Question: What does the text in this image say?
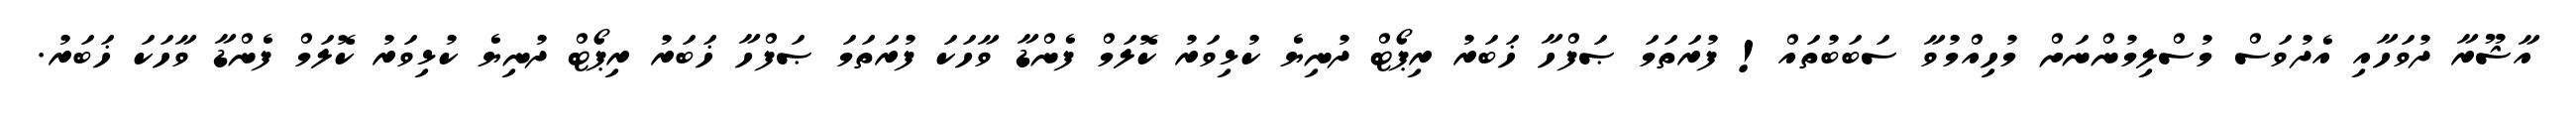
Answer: އާޝޫރާ ދުވަހާއި އެދުވަސް މުސްލިމުންނަށް މުހިއްމުވާ ސަބަބުތައް! ފުރަތަމަ ޞަފްހާ ޚަބަރު ރިޕޯޓް ދުނިޔެ ކުޅިވަރު ކޮލަމް ފެންޑާ ވާހަކަ ފުރަތަމަ ޞަފްހާ ޚަބަރު ރިޕޯޓް ދުނިޔެ ކުޅިވަރު ކޮލަމް ފެންޑާ ވާހަކަ ޚަބަރު.